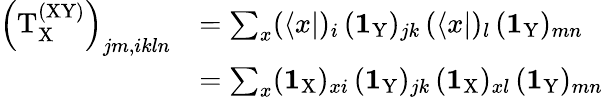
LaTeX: \begin{array}{rl}{\left(\mathrm{T}_{\mathrm X}^{\mathrm{(XY)}}\right)_{jm,ikln}}&{=\sum_{x}(\langle x|)_{i}\, (\textbf{1}_{\mathrm{Y}})_{jk}\, (\langle x|)_{l}\, (\textbf{1}_{\mathrm{Y}})_{mn}}\\ &{=\sum_{x}(\textbf{1}_{\mathrm{X}})_{xi}\, (\textbf{1}_{\mathrm{Y}})_{jk}\, (\textbf{1}_{\mathrm{X}})_{xl}\, (\textbf{1}_{\mathrm{Y}})_{mn}}\end{array}